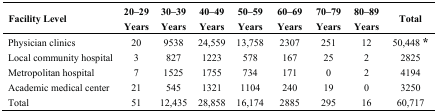
<table><thead><tr><td><b>Facility Level</b></td><td><b>20–29 Years</b></td><td><b>30–39 Years</b></td><td><b>40–49 Years</b></td><td><b>50–59 Years</b></td><td><b>60–69 Years</b></td><td><b>70–79 Years</b></td><td><b>80–89 Years</b></td><td><b>Total</b></td></tr></thead><tbody><tr><td>Physician clinics</td><td>20</td><td>9538</td><td>24,559</td><td>13,758</td><td>2307</td><td>251</td><td>12</td><td>50,448 *</td></tr><tr><td>Local community hospital</td><td>3</td><td>827</td><td>1223</td><td>578</td><td>167</td><td>25</td><td>2</td><td>2825</td></tr><tr><td>Metropolitan hospital</td><td>7</td><td>1525</td><td>1755</td><td>734</td><td>171</td><td>0</td><td>2</td><td>4194</td></tr><tr><td>Academic medical center</td><td>21</td><td>545</td><td>1321</td><td>1104</td><td>240</td><td>19</td><td>0</td><td>3250</td></tr><tr><td>Total</td><td>51</td><td>12,435</td><td>28,858</td><td>16,174</td><td>2885</td><td>295</td><td>16</td><td>60,717</td></tr></tbody></table>